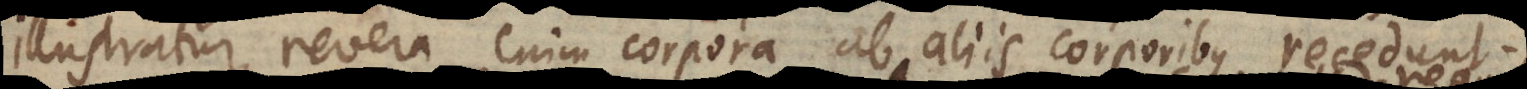
illustratur, revera enim corpora ab aliis corporibus recedunt